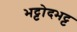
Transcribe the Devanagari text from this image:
भट्टोदभट्ट